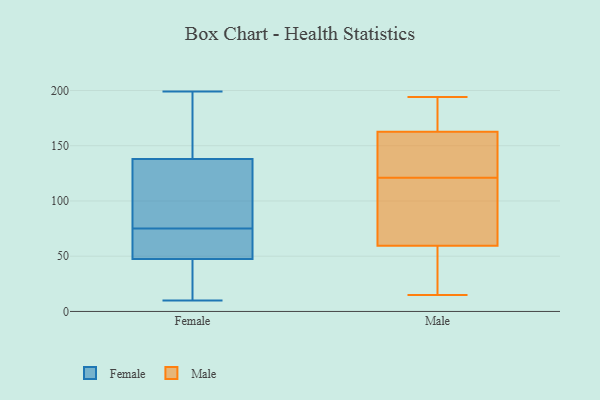
{"axis": {"x": "Active Users", "y": "Value"}, "legend": ["Female", "Male"], "data": [{"x": "", "y": 40, "type": "Female"}, {"x": "", "y": 90, "type": "Female"}, {"x": "", "y": 82, "type": "Female"}, {"x": "", "y": 10, "type": "Female"}, {"x": "", "y": 153, "type": "Female"}, {"x": "", "y": 16, "type": "Female"}, {"x": "", "y": 108, "type": "Female"}, {"x": "", "y": 133, "type": "Female"}, {"x": "", "y": 67, "type": "Female"}, {"x": "", "y": 174, "type": "Female"}, {"x": "", "y": 70, "type": "Female"}, {"x": "", "y": 75, "type": "Female"}, {"x": "", "y": 199, "type": "Female"}, {"x": "", "y": 177, "type": "Female"}, {"x": "", "y": 50, "type": "Female"}, {"x": "", "y": 15, "type": "Female"}, {"x": "", "y": 64, "type": "Female"}, {"x": "", "y": 121, "type": "Male"}, {"x": "", "y": 142, "type": "Male"}, {"x": "", "y": 15, "type": "Male"}, {"x": "", "y": 82, "type": "Male"}, {"x": "", "y": 52, "type": "Male"}, {"x": "", "y": 194, "type": "Male"}, {"x": "", "y": 48, "type": "Male"}, {"x": "", "y": 163, "type": "Male"}, {"x": "", "y": 188, "type": "Male"}, {"x": "", "y": 162, "type": "Male"}, {"x": "", "y": 111, "type": "Male"}]}